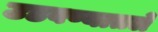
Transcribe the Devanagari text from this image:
उडवण्यातले